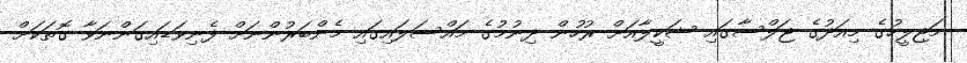
މަޖިލީހުގެ މިއަދުގެ ޖަލްސާގައި ޝަކީލާއަށް ރުހުން ދިނުމުގެ މައްސަލައިގައި މެންބަރުންނަށް ފެނިވަޑައިގަންނަވާ ގޮތަކަށް